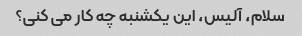
سلام، آلیس، این یکشنبه چه کار می کنی؟